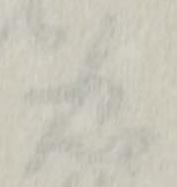
忠